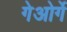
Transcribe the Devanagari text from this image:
गेओर्गे